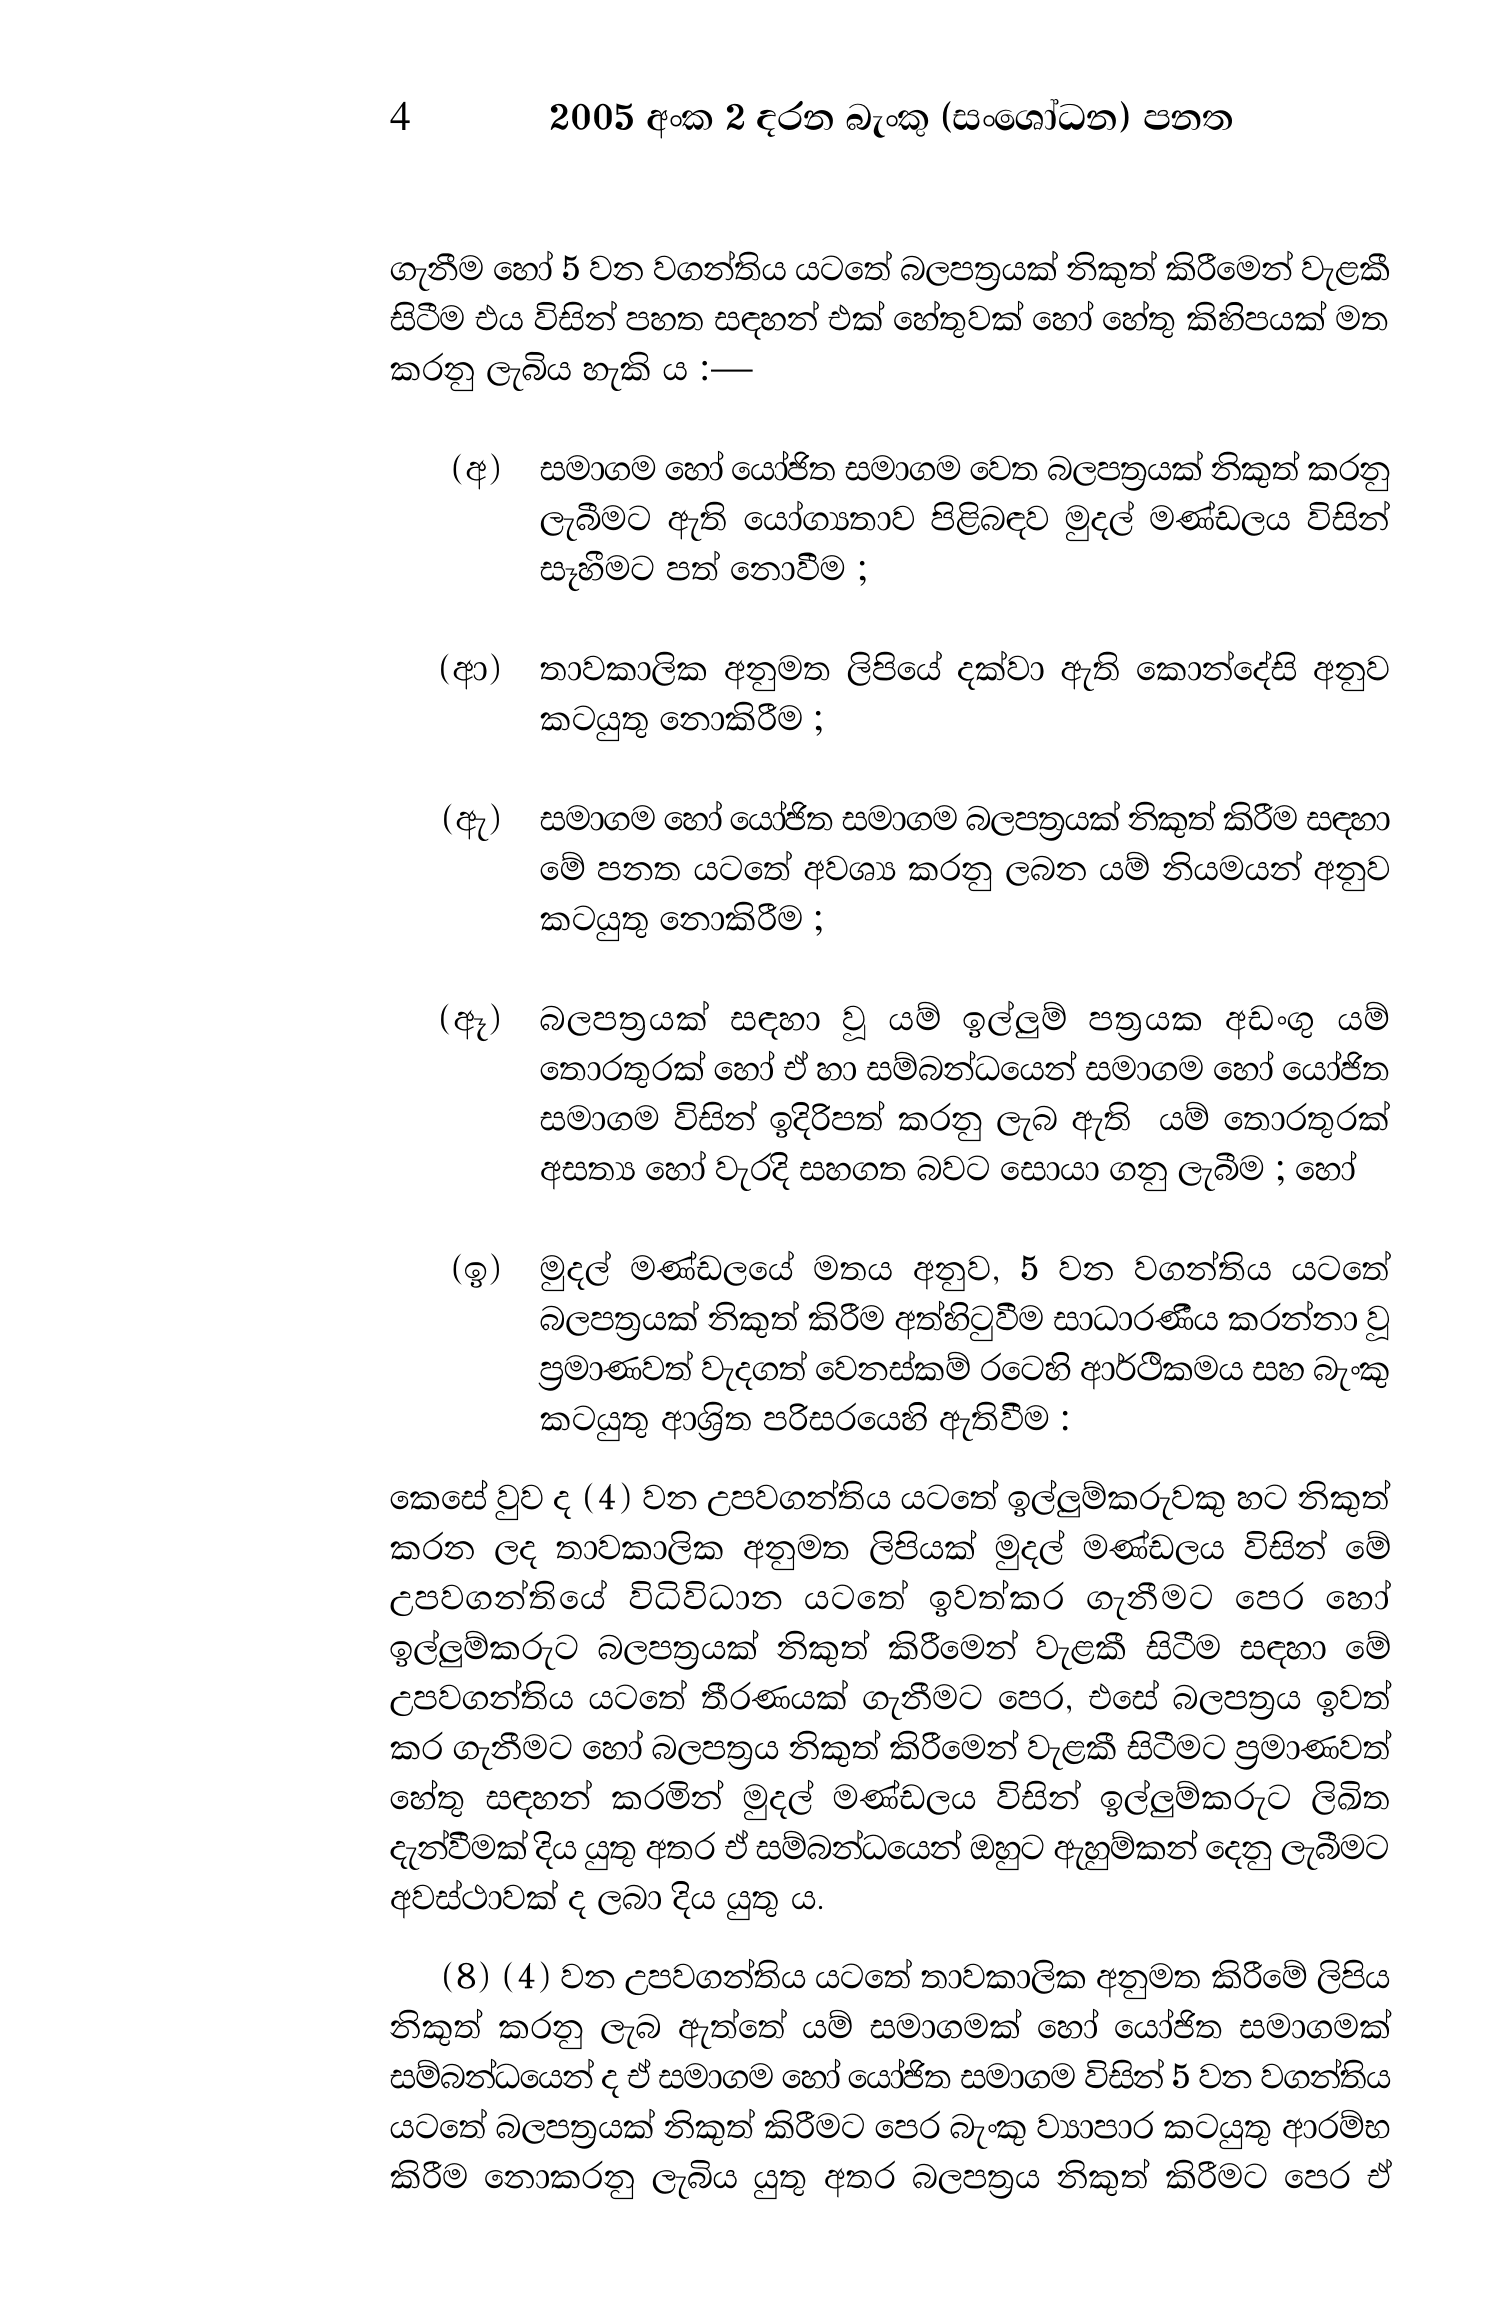
4 2005 අංක 2 දරන බැංකු (සංශෝධන) පනත

ගැනීම හෝ 5 වන වගන්තිය යටතේ බලපත්‍රයක් නිකුත් කිරීමෙන් වැළකී
සිටීම එය විසින් පහත සඳහන් එක් හේතුවක් හෝ හේතු කිහිපයක් මත
කරනු ලැබිය හැකි ය :—

(අ) සමාගම හෝ යෝජිත සමාගම වෙත බලපත්‍රයක් නිකුත් කරනු
ලැබීමට ඇති යෝග්‍යතාව පිළිබඳව මුදල් මණ්ඩලය විසින්
සෑහීමට පත් නොවීම ;

(ආ) තාවකාලික අනුමත ලිපියේ දක්වා ඇති කොන්දේසි අනුව
කටයුතු නොකිරීම ;

(ඇ) සමාගම හෝ යෝජිත සමාගම බලපත්‍රයක් නිකුත් කිරීම සඳහා
මේ පනත යටතේ අවශ්‍ය කරනු ලබන යම් නියමයන් අනුව
කටයුතු නොකිරීම ;

(ඈ) බලපත්‍රයක් සඳහා වූ යම් ඉල්ලුම් පත්‍රයක අඩංගු යම්
තොරතුරක් හෝ ඒ හා සම්බන්ධයෙන් සමාගම හෝ යෝජිත
සමාගම විසින් ඉදිරිපත් කරනු ලැබ ඇති යම් තොරතුරක්
අසත්‍ය හෝ වැරදි සහගත බවට සොයා ගනු ලැබීම ; හෝ

(ඉ) මුදල් මණ්ඩලයේ මතය අනුව, 5 වන වගන්තිය යටතේ
බලපත්‍රයක් නිකුත් කිරීම අත්හිටුවීම සාධාරණීය කරන්නා වූ
ප්‍රමාණවත් වැදගත් වෙනස්කම් රටෙහි ආර්ථිකමය සහ බැංකු
කටයුතු ආශ්‍රිත පරිසරයෙහි ඇතිවීම :

කෙසේ වුව ද (4) වන උපවගන්තිය යටතේ ඉල්ලුම්කරුවකු හට නිකුත්
කරන ලද තාවකාලික අනුමත ලිපියක් මුදල් මණ්ඩලය විසින් මේ
උපවගන්තියේ විධිවිධාන යටතේ ඉවත්කර ගැනීමට පෙර හෝ
ඉල්ලුම්කරුට බලපත්‍රයක් නිකුත් කිරීමෙන් වැළකී සිටීම සඳහා මේ
උපවගන්තිය යටතේ තීරණයක් ගැනීමට පෙර, එසේ බලපත්‍රය ඉවත්
කර ගැනීමට හෝ බලපත්‍රය නිකුත් කිරීමෙන් වැළකී සිටීමට ප්‍රමාණවත්
හේතු සඳහන් කරමින් මුදල් මණ්ඩලය විසින් ඉල්ලුම්කරුට ලිඛිත
දැන්වීමක් දිය යුතු අතර ඒ සම්බන්ධයෙන් ඔහුට ඇහුම්කන් දෙනු ලැබීමට
අවස්ථාවක් ද ලබා දිය යුතු ය.

(8) (4) වන උපවගන්තිය යටතේ තාවකාලික අනුමත කිරීමේ ලිපිය
නිකුත් කරනු ලැබ ඇත්තේ යම් සමාගමක් හෝ යෝජිත සමාගමක්
සම්බන්ධයෙන් ද ඒ සමාගම හෝ යෝජිත සමාගම විසින් 5 වන වගන්තිය
යටතේ බලපත්‍රයක් නිකුත් කිරීමට පෙර බැංකු ව්‍යාපාර කටයුතු ආරම්භ
කිරීම නොකරනු ලැබිය යුතු අතර බලපත්‍රය නිකුත් කිරීමට පෙර ඒ